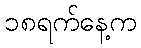
၁၈ရက်နေ့က